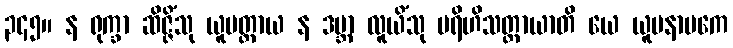
၃၄၅။ န ရုက္ခာ ဆိဇ္ဇိံသု ယူပတ္ထာယ န ဒဗ္ဘာ လူယိံသု ဗရိဟိသတ္ထာယာတိ ယေ ယူပနာမကေ